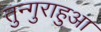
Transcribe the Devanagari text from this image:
तुन्गुराहुआ